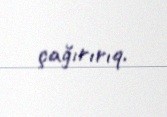
çağırırıq.